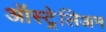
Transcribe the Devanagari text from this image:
ऑस्ट्रेलिअन